Annual report of lunatic asylums [Bombay] - 1912-1922
Year: 1912
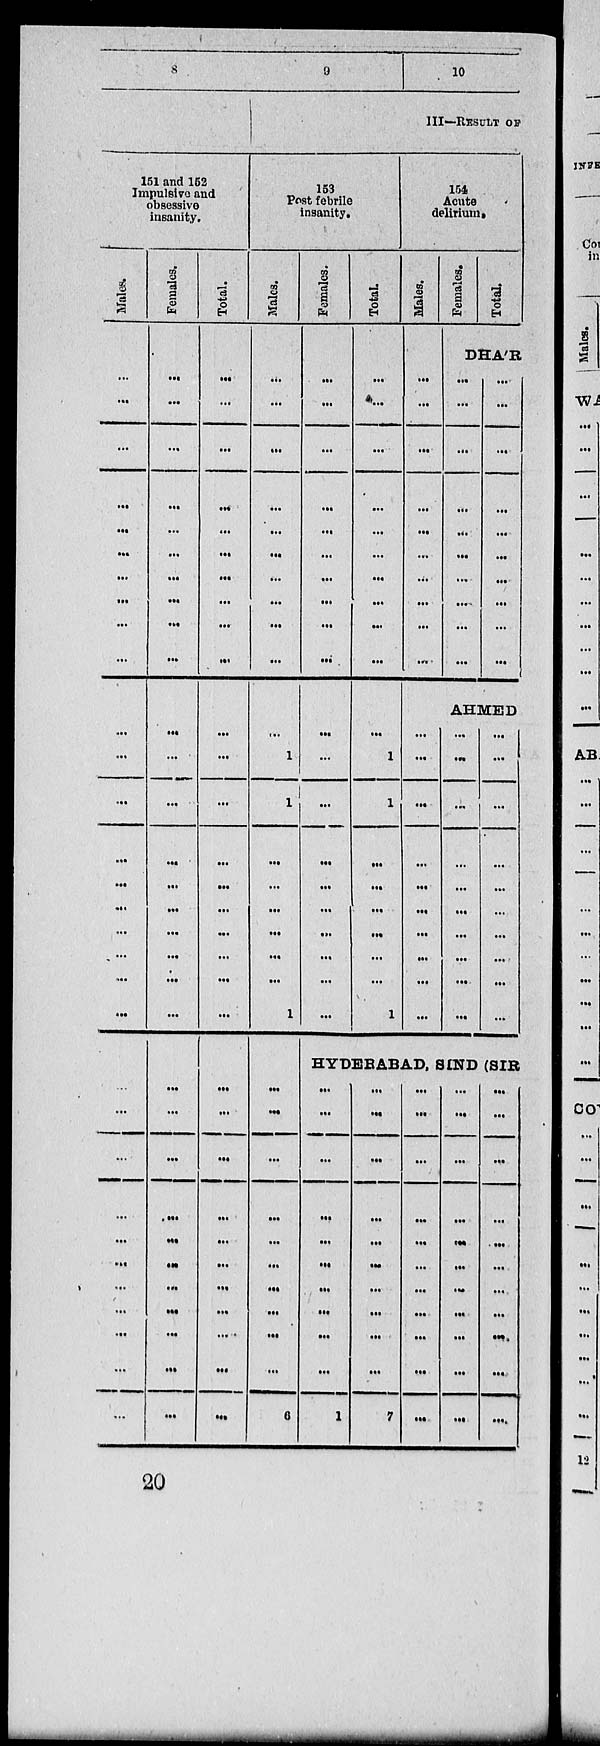
8
151 and 152
Impulsive and
obsessive
insanity.
Males.
...
...
...
..
...
...
...
...
...
...
...
...
...
...
...
...
...
...
...
...
...
...
...
...
...
...
...
...
...
...
...
Females.
...
...
...
...
...
...
...
...
...
...
...
...
...
...
...
...
...
...
...
...
...
...
...
...
...
...
...
...
...
...
...
Total.
...
...
...
...
...
...
...
...
...
...
...
...
...
...
...
...
...
...
...
...
...
...
...
...
...
...
...
...
...
...
...
9
10
III—RESULT OF
153
Post febrile
insanity.
Males.
...
...
...
...
...
...
...
...
...
...
...
1
1
...
...
...
...
...
...
1
...
...
...
...
...
...
...
...
...
...
6
Females.
...
...
...
...
...
...
...
...
...
...
...
...
...
...
...
...
...
...
...
...
Total.
...
...
...
...
...
...
...
...
...
...
...
1
1
...
...
...
...
...
...
1
154
Acute
delirium.
Males.
...
...
...
...
...
...
...
...
...
...
Females.
Total.
DHA'R
...
...
...
...
...
...
...
...
...
...
...
...
...
...
...
...
...
...
...
...
AHMED
...
...
...
...
...
...
...
...
...
...
...
...
...
...
...
...
...
...
...
...
...
...
...
...
...
...
...
...
...
...
HYDERABAD, SIND (SIR
...
...
...
...
...
...
...
...
...
...
1
...
...
...
...
...
...
...
...
...
...
7
...
...
...
...
...
...
...
...
...
...
...
...
...
...
...
...
...
...
...
...
...
...
...
...
...
...
...
...
...
...
...
...
...
20